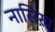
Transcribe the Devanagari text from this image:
नासिख़